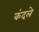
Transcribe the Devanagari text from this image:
कंदले